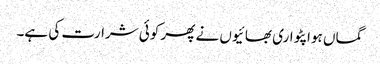
گماں ہوا پٹواری بھائیوں نے پھر کوئی شرارت کی ہے۔